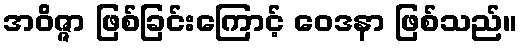
အဝိဇ္ဇာ ဖြစ်ခြင်းကြောင့် ဝေဒနာ ဖြစ်သည်။